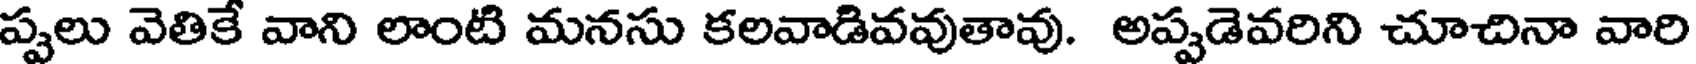
ప్పలు వెతికే వాని లాంటి మనసు కలవాడివవుతావు. అప్పడెవరిని చూచినా వారి